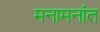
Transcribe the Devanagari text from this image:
मनामनांत